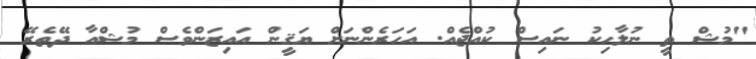
"މުޝް ތީ ނުލާހިކު ނައިސް ކުއްޖެއް. އަހަރެންނަށް ޔަޤީން އައިޒަންވެސް މުޝްއާ ދޭތެރޭ